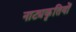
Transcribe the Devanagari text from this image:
नाट्यकृतियों